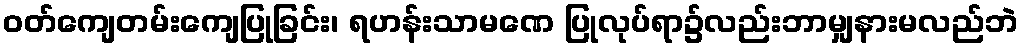
ဝတ်ကျေတမ်းကျေပြုခြင်း၊ ရဟန်းသာမဏေ ပြုလုပ်ရာ၌လည်းဘာမျှနားမလည်ဘဲ